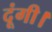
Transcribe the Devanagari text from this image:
दूंगी।